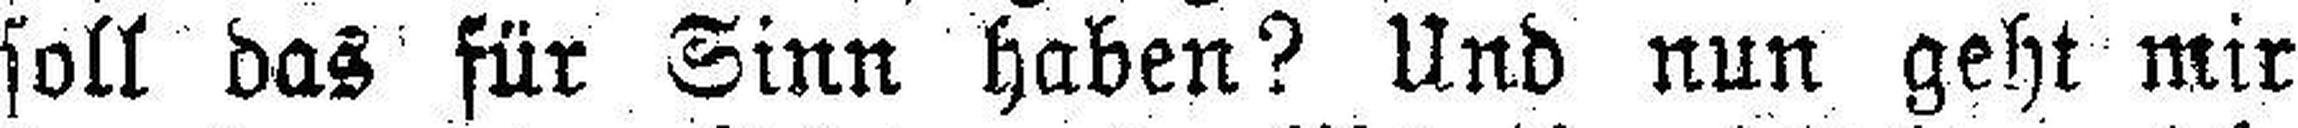
soll das für Sinn haben? Und nun geht mir